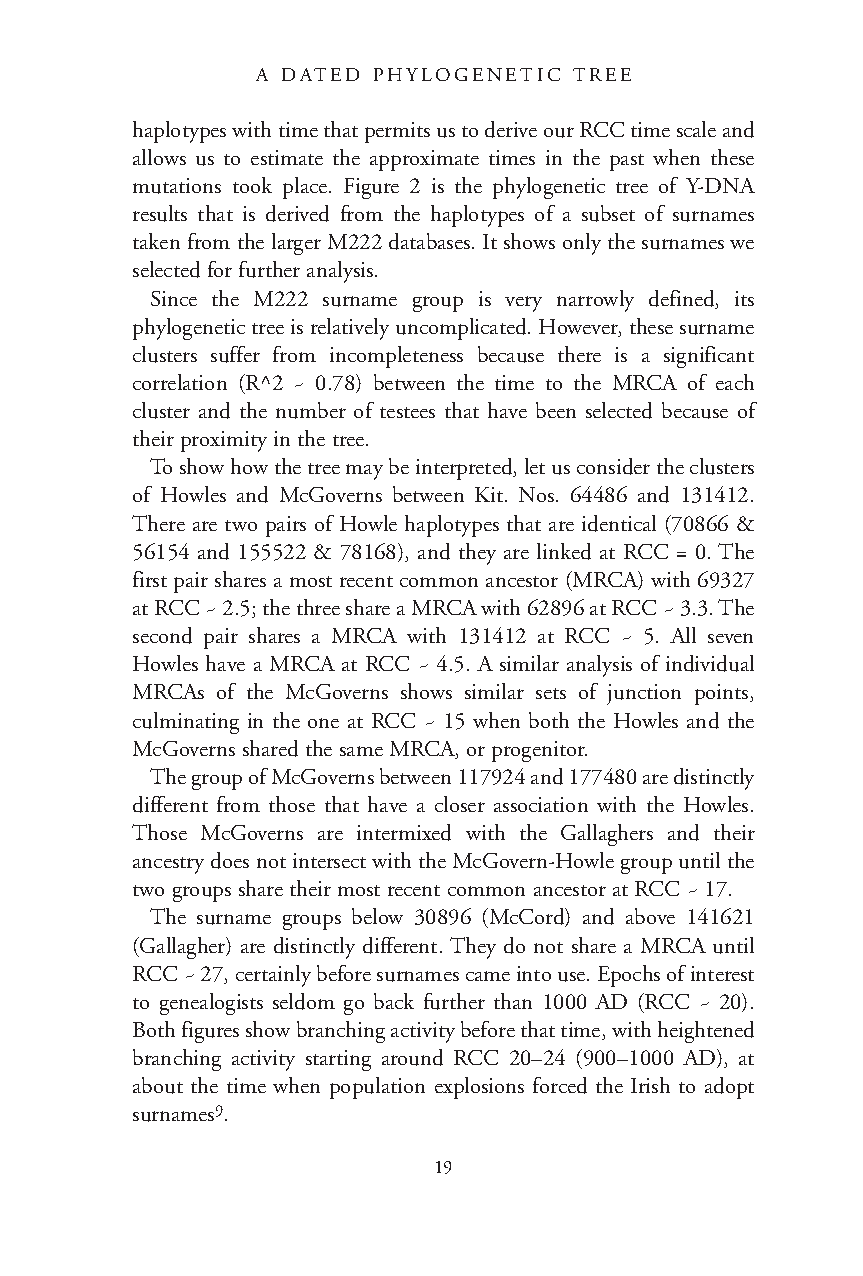
A DATED PHYLOGENETIC TREE
 haplotypes with time that permits us to derive our RCC time scale and
 allows us to estimate the approximate times in the past when these
 mutations took place. Figure 2 is the phylogenetic tree of Y-DNA
 results that is derived from the haplotypes of a subset of surnames
 taken from the larger M222 databases. It shows only the surnames we
 selected for further analysis.
 Since the M222 surname group is very narrowly defined, its
 phylogenetic tree is relatively uncomplicated. However, these surname
 clusters suffer from incompleteness because there is a significant
 correlation (R^2 ~ 0.78) between the time to the MRCA of each
 cluster and the number of testees that have been selected because of
 their proximity in the tree.
 To show how the tree may be interpreted, let us consider the clusters
 of Howles and McGoverns between Kit. Nos. 64486 and 131412.
 There are two pairs of Howle haplotypes that are identical (70866 &
 56154 and 155522 & 78168), and they are linked at RCC = 0. The
 first pair shares a most recent common ancestor (MRCA) with 69327
 at RCC ~ 2.5; the three share a MRCA with 62896 at RCC ~ 3.3. The
 second pair shares a MRCA with 131412 at RCC ~ 5. All seven
 Howles have a MRCA at RCC ~ 4.5. A similar analysis of individual
 MRCAs of the McGoverns shows similar sets of junction points,
 culminating in the one at RCC ~ 15 when both the Howles and the
 McGoverns shared the same MRCA, or progenitor.
 The group of McGoverns between 117924 and 177480 are distinctly
 different from those that have a closer association with the Howles.
 Those McGoverns are intermixed with the Gallaghers and their
 ancestry does not intersect with the McGovern-Howle group until the
 two groups share their most recent common ancestor at RCC ~ 17.
 The surname groups below 30896 (McCord) and above 141621
 (Gallagher) are distinctly different. They do not share a MRCA until
 RCC ~ 27, certainly before surnames came into use. Epochs of interest
 to genealogists seldom go back further than 1000 AD (RCC ~ 20).
 Both figures show branching activity before that time, with heightened
 branching activity starting around RCC 20–24 (900–1000 AD), at
 about the time when population explosions forced the Irish to adopt
 surnames9.
 19